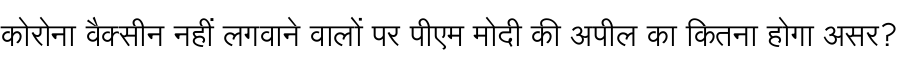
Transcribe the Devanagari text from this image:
कोरोना वैक्सीन नहीं लगवाने वालों पर पीएम मोदी की अपील का कितना होगा असर?